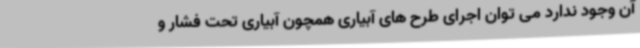
آن وجود ندارد می توان اجرای طرح های آبیاری همچون آبیاری تحت فشار و